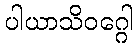
ပါယာသိဝဂ္ဂေါ